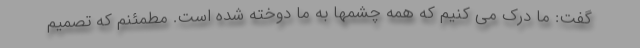
گفت: ما درک می کنیم که همه چشمها به ما دوخته شده است. مطمئنم که تصمیم